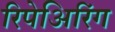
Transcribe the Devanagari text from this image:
रिपेअिरिंग